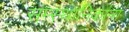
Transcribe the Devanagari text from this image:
सम्स्थानिकांना